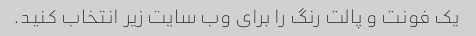
یک فونت و پالت رنگ را برای وب سایت زیر انتخاب کنید.